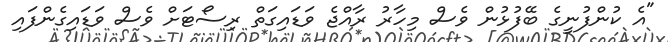
"އެ ކުންފުނީގެ ބޭފުޅުން ވެސް މިހާރު ރާއްޖެ ވަޑައިގަތް ރިސޯޓަށް ވެސް ވަޑައިގެންފައި